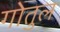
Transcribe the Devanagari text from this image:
गोतुल